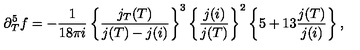
\partial _ { T } ^ { 5 } f = - \frac { 1 } { 1 8 \pi i } \left\{ \frac { j _ { T } ( T ) } { j ( T ) - j ( i ) } \right\} ^ { 3 } \left\{ \frac { j ( i ) } { j ( T ) } \right\} ^ { 2 } \left\{ 5 + 1 3 \frac { j ( T ) } { j ( i ) } \right\} ,